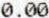
0.00